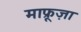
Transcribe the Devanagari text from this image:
माफ्रूज़ा